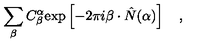
\sum _ { \beta } C _ { \beta } ^ { \alpha } \mathrm { e x p } \left[ - 2 \pi i \beta \cdot \hat { N } ( \alpha ) \right] \quad ,